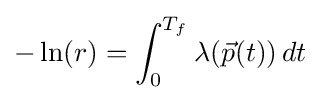
-\ln(r)=\int _{0}^{T_{f}}\lambda ({\vec {p}}(t))\,dt